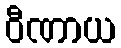
ဝီဏာယ